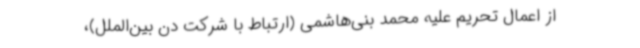
از اعمال تحریم علیه محمد بنی‌هاشمی (ارتباط با شرکت دن بین‌الملل)،